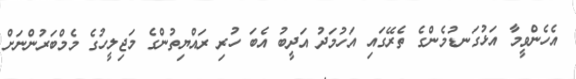
އެހެންވީމާ އަޅުގަނޑުމެންގެ ތެރޭގައި އަހުމަދު އަދީބު އެބަ ހުރި ރައްޔިތުންގެ މަޖިލީހުގެ މެމްބަރުންނަށް